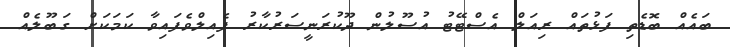
ބައެއް ބޮޑެތި ފަޅުތައް ރިއަލް އެސްޓޭޓު އުސޫލުން ދޫކުރަނީސަރުކާރު ފެއިލްވެފައިވާ ކަމަކަށް ގަބޫލެއް